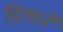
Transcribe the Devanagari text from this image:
डिलाने